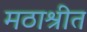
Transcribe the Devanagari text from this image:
मठाश्रीत